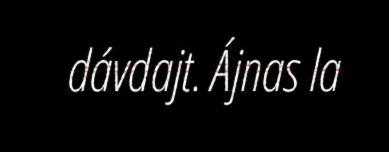
dávdajt. Ájnas la